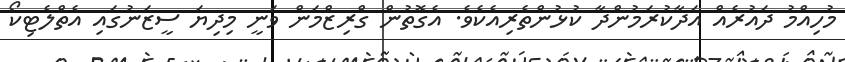
މުހިއްމު ދައުރެއް އަދާކުރަމުންދާ ކުޅުންތެރިއެކެވެ. އެގޮތުން ގްރިޒްމަން ވަނީ މިދިޔަ ސީޒަނުގައި އެތްލެޓިކޯ